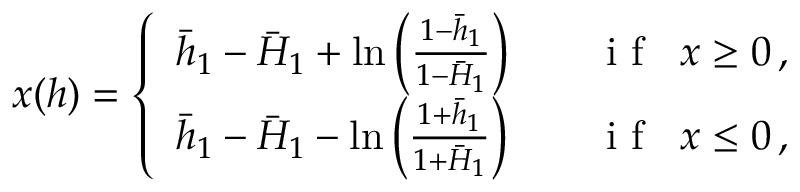
x ( h ) = \left\{ \begin{array} { l l } { \bar { h } _ { 1 } - \bar { H } _ { 1 } + \ln \left( \frac { 1 - \bar { h } _ { 1 } } { 1 - \bar { H } _ { 1 } } \right) } & { \quad \mathrm { ~ i ~ f ~ } \; \; x \geq 0 \, , } \\ { \bar { h } _ { 1 } - \bar { H } _ { 1 } - \ln \left( \frac { 1 + \bar { h } _ { 1 } } { 1 + \bar { H } _ { 1 } } \right) } & { \quad \mathrm { ~ i ~ f ~ } \; \; x \leq 0 \, , } \end{array} \right.